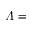
\varLambda =